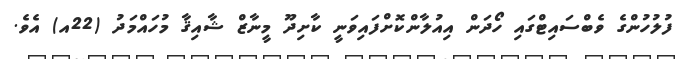
ފުލުހުންގެ ވެބްސައިޓްގައި ހޯދަން އިއުލާންކޮށްފައިވަނީ ކާށިދޫ މީނާޒް ޝާއިޤާ މުހައްމަދު (22އ) އެވެ.